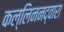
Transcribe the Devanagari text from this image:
कल्लिननद्वारा